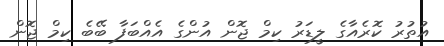
އުތުރު ކޮރެއާގެ ލީޑަރު ކިމް ޖޮން އުންގެ އެއްބަފާ ބޭބެ ކިމް ޖޮން